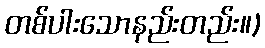
တစ်ပါးသောနည်းတည်း။)